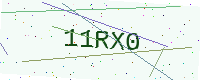
Text: 11RX0